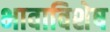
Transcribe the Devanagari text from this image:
भावाविशेष